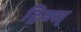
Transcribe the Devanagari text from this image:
ट्रिक्स्